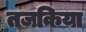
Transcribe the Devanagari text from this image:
तजकिया